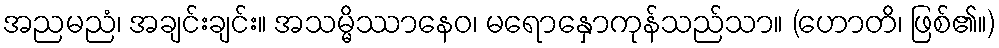
အညမညံ၊ အချင်းချင်း။ အသမ္မိဿာနေဝ၊ မရောနှောကုန်သည်သာ။ (ဟောတိ၊ ဖြစ်၏။)